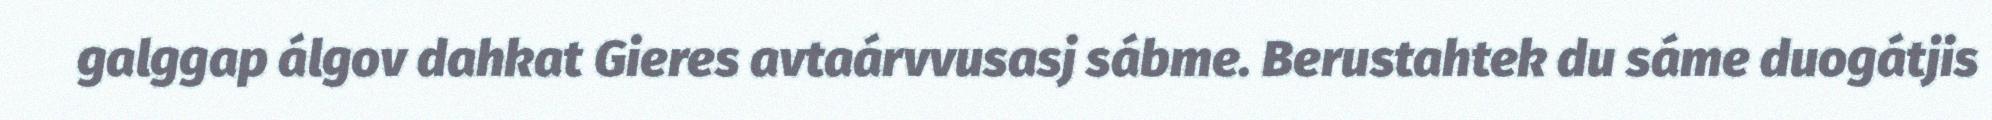
galggap álgov dahkat Gieres avtaárvvusasj sábme. Berustahtek du sáme duogátjis